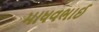
માધવભાઈ